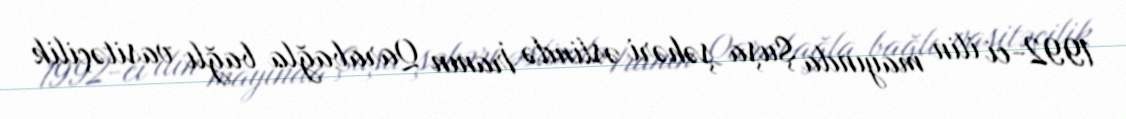
1992-ci ilin mayında Şuşa şəhəri əslində İranın Qarabağla bağlı vasitəçilik